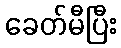
ခေတ်မီပြီး